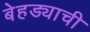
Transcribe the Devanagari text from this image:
बेहड्याची